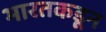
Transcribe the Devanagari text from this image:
भारतकडून